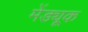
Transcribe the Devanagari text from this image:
मेंड्यूक